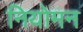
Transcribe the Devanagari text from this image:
नियोमन